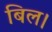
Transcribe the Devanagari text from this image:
बिल।